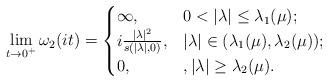
LaTeX: \begin{align*}\lim_{t\rightarrow 0^+}\omega_2(it)= \begin{cases} \infty, & 0<|\lambda|\leq \lambda_1(\mu);\\ i\frac{|\lambda|^2}{s(|\lambda|,0)}, &|\lambda|\in (\lambda_1(\mu),\lambda_2(\mu));\\ 0,& , |\lambda|\geq \lambda_2(\mu). \end{cases}\end{align*}